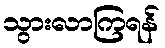
သွားလာကြရန်